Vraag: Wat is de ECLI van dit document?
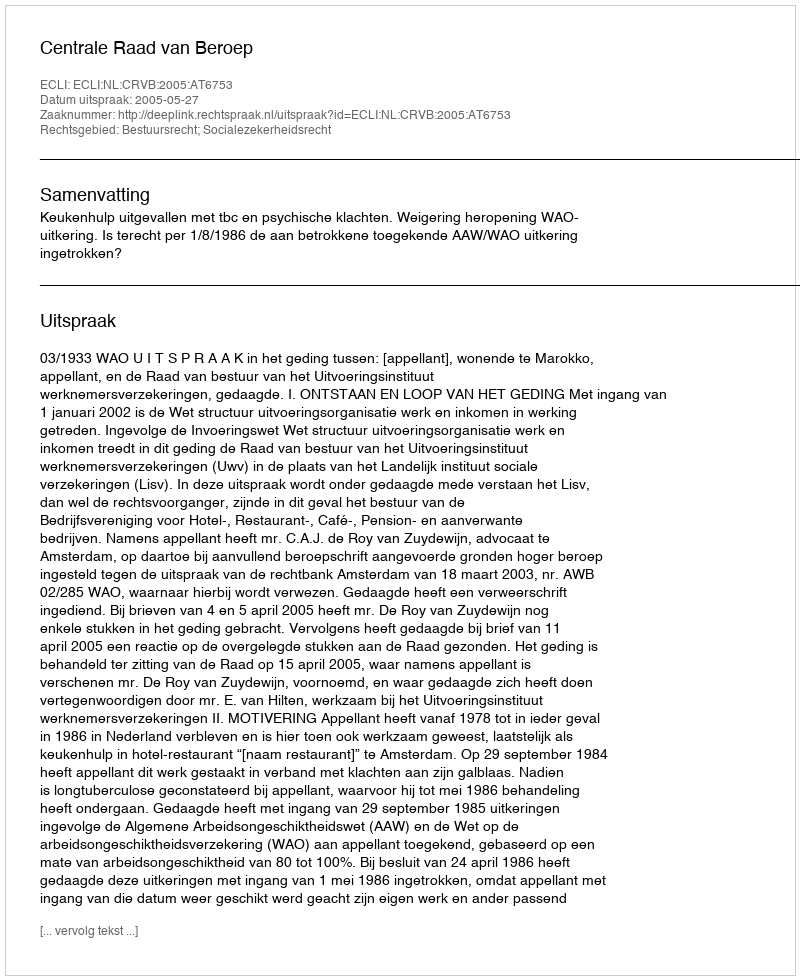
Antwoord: ECLI:NL:CRVB:2005:AT6753